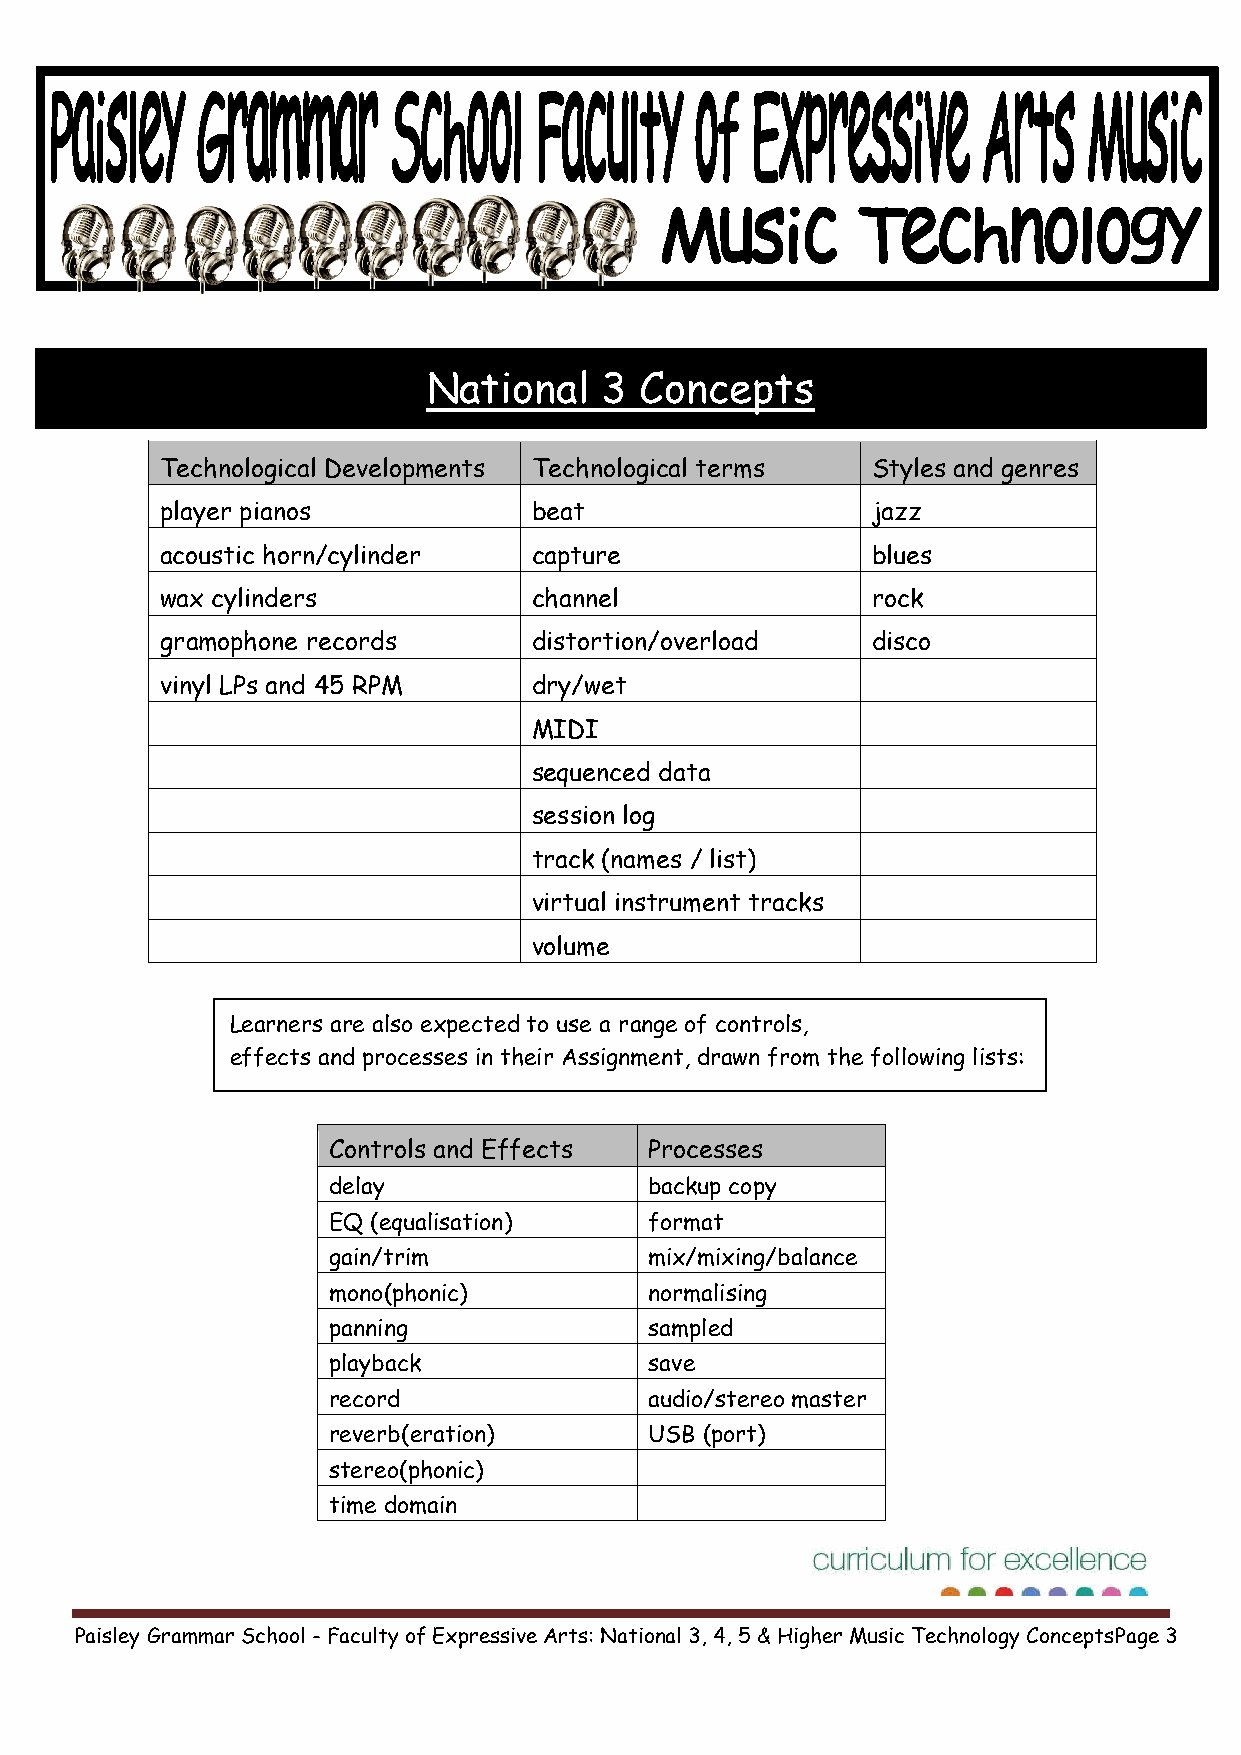
UE55ES8000
 National    3 Concepts
 Technological Developments Technological terms Styles and genres
 player pianos           beat                   jazz
 acoustic horn/cylinder  capture                blues
 wax cylinders           channel                rock
 gramophone records      distortion/overload    disco
 vinyl LPs and 45 RPM    dry/wet
 MIDI
 sequenced data
 session log
 track (names / list)
 virtual instrument tracks
 volume
 Learners are also expected to use a range of controls,
 effects and processes in their Assignment, drawn from the following lists:
 Controls and Effects Processes
 delay                backup copy
 EQ (equalisation)    format
 gain/trim            mix/mixing/balance
 mono(phonic)         normalising
 panning              sampled
 playback             save
 record               audio/stereo master
 reverb(eration)      USB (port)
 stereo(phonic)
 time domain
 Paisley Grammar School - Faculty of Expressive Arts: National 3, 4, 5 & Higher Music Technology ConceptsPage 3